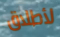
لأطلاق